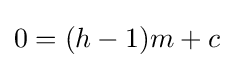
0=(h-1)m+c